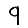
Digit: 9